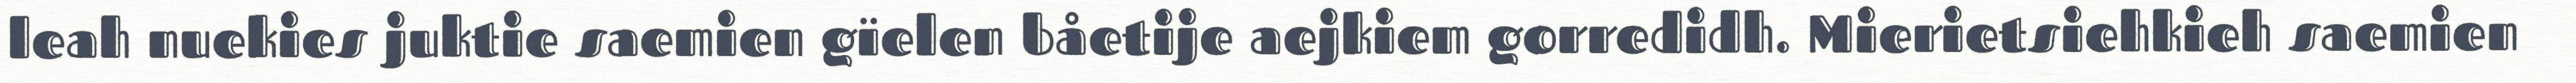
leah nuekies juktie saemien gïelen båetije aejkiem gorredidh. Mierietsiehkieh saemien